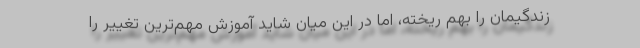
زندگیمان را بهم ریخته، اما در این میان شاید آموزش مهم‌ترین تغییر را